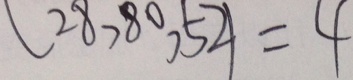
( 2 8 , 8 0 , 5 2 ) = 4